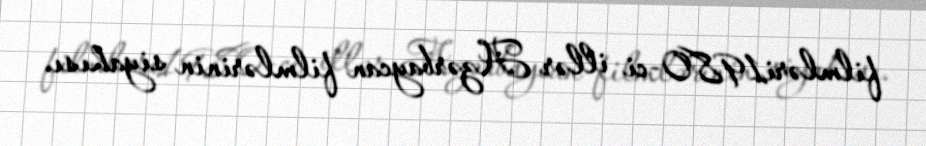
filmləri1980-ci illər Azərbaycan filmlərinin siyahısı.